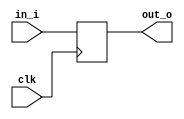
//Simple register

module register#(
  parameter WIDTH = 1
)(
  input clk,
  input [WIDTH-1:0] in_i,
  output reg [WIDTH-1:0]  out_o
);
  
  always@(posedge clk) begin
    out_o <= in_i;
  end
endmodule